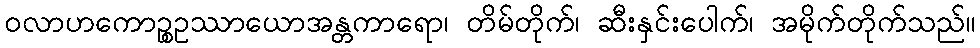
ဝလာဟကောဉ္စဥဿာယောအန္တကာရော၊ တိမ်တိုက်၊ ဆီးနှင်းပေါက်၊ အမိုက်တိုက်သည်။